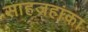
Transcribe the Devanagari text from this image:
साहजहांका